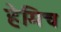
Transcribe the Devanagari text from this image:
हेमिच